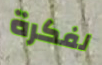
لفكرة